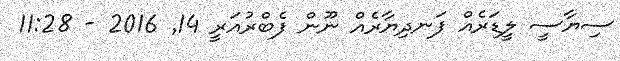
ސިޔާސީ ލީޑަރެއް ފަނދިޔާރެއް ނޫން ފެބްރުއަރީ 14